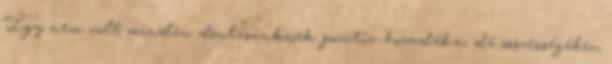
Így nem volt minden döntésünknek pozitív hozadéka, de összességében